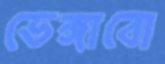
ভেঙ্গাবো